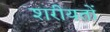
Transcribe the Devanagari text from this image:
शरीयतों